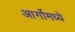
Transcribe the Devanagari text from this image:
आर्गोमध्ये